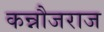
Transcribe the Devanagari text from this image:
कन्नौजराज